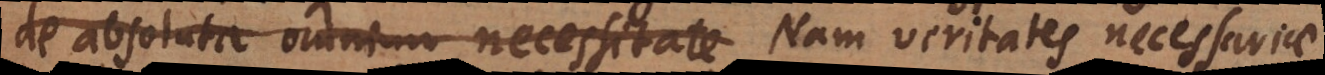
de absoluta omnium necessitate Nam veritates necessariae